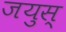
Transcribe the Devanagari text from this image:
जयुस्